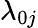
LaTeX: \lambda_{0j}